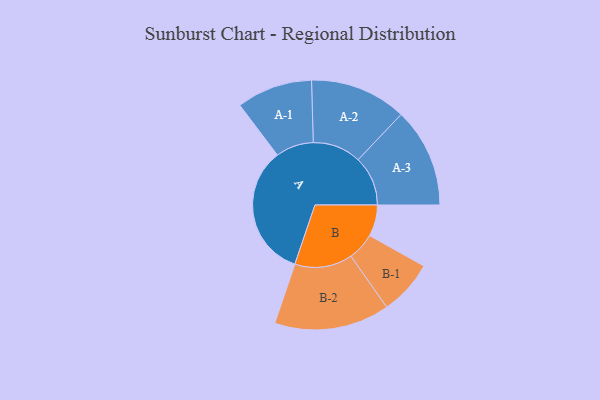
{"axis": {"x": "Segment", "y": "Value"}, "legend": ["", "A", "B"], "data": [{"x": "A", "y": 484, "type": ""}, {"x": "B", "y": 114, "type": ""}, {"x": "A-1", "y": 138, "type": "A"}, {"x": "A-2", "y": 176, "type": "A"}, {"x": "A-3", "y": 181, "type": "A"}, {"x": "B-1", "y": 100, "type": "B"}, {"x": "B-2", "y": 210, "type": "B"}]}